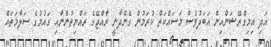
އަދި އިމިގްރޭޝަންއިން އަބަދުވެސް މަސައްކަތް ކުރަމުން ގެންދާނީ ރާއްޖޭގެ ރައްޔިތުންނާއި ގައުމުގެ ސަލާމަތައް